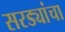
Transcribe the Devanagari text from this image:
सरड्यांचा